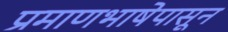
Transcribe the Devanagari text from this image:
प्रमाणभाषेपासून